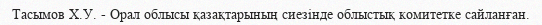
Тасымов Х.У. - Орал облысы қазақтарының сиезінде облыстық комитетке сайланған.